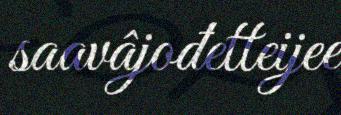
saavâjođetteijee